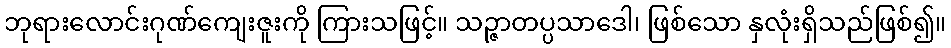
ဘုရားလောင်းဂုဏ်ကျေးဇူးကို ကြားသဖြင့်။ သဉ္ဇာတပ္ပသာဒေါ၊ ဖြစ်သော နှလုံးရှိသည်ဖြစ်၍။